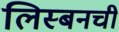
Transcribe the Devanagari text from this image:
लिस्बनची